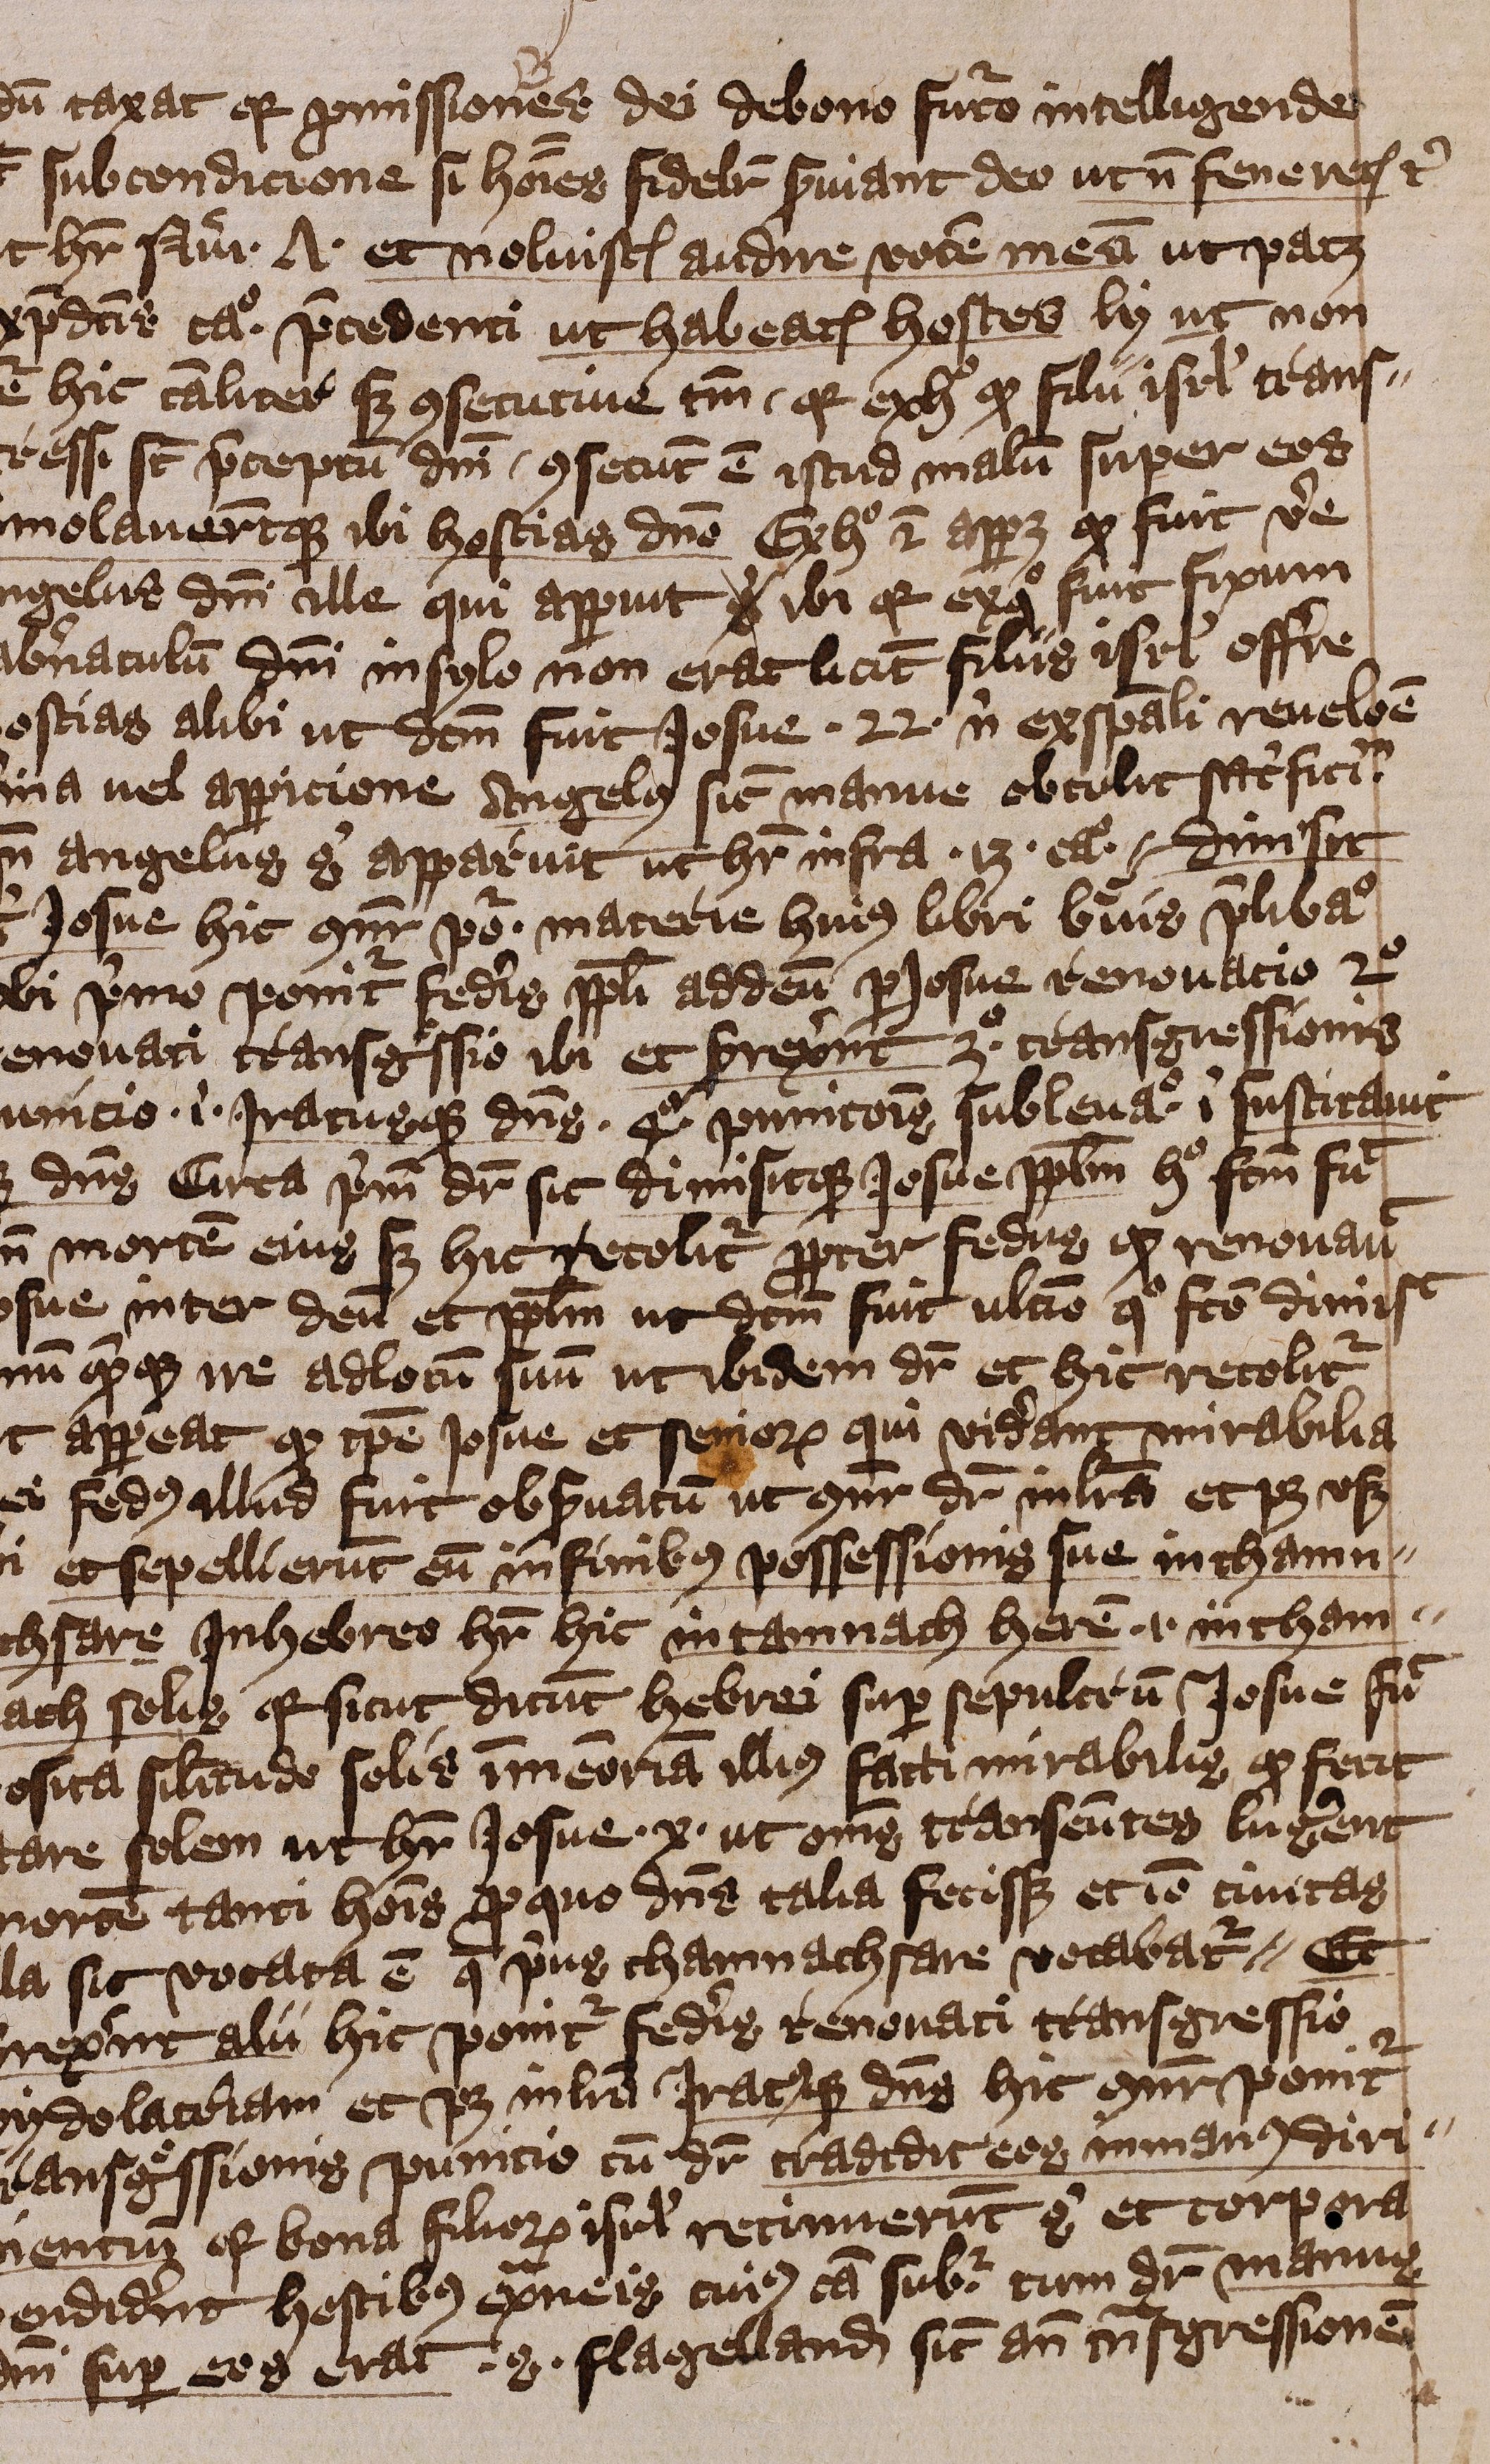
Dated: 1401–1401